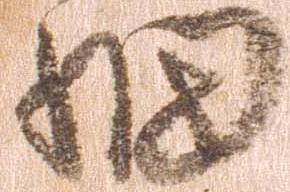
細